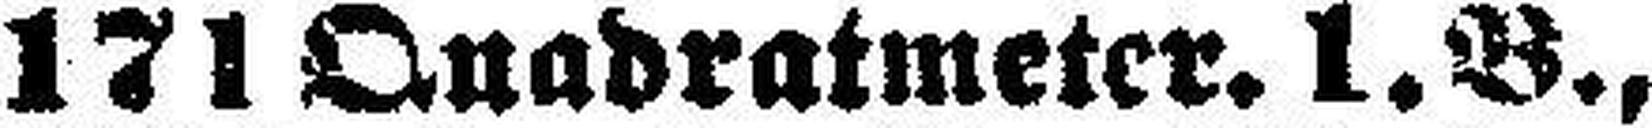
171 Quadratmeter. 1. B.,